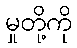
မှုတို့ကို